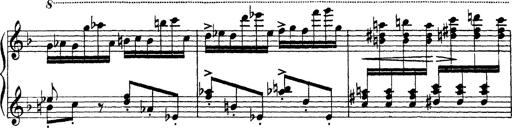
Title: Scherzo und Marsch
Composer: Franz Liszt